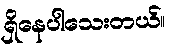
ရှိနေပါသေးတယ်။